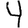
Digit: 4